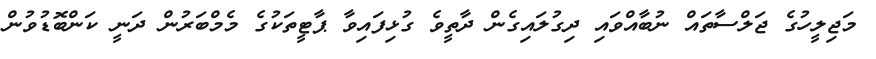
މަޖިލީހުގެ ޖަލްސާތައް ނުބާއްވައި ދިގުލައިގެން ދާތީވެ ގުޅިފައިވާ ޕާޓީތަކުގެ މެމްބަރުން ދަނީ ކަންބޮޑުވުން